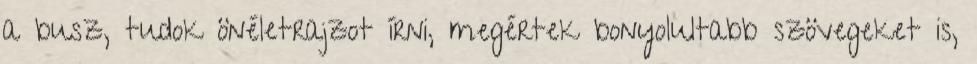
a busz, tudok önéletrajzot írni, megértek bonyolultabb szövegeket is,